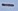
Text: -